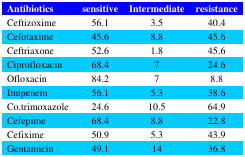
<table><thead><tr><td><b>Antibiotics</b></td><td><b>sensitive</b></td><td><b>Intermediate</b></td><td><b>resistance</b></td></tr></thead><tbody><tr><td>Ceftizoxime </td><td>56.1</td><td>3.5</td><td>40.4</td></tr><tr><td>Cefotaxime </td><td>45.6</td><td>8.8</td><td>45.6</td></tr><tr><td>Ceftriaxone</td><td>52.6</td><td>1.8</td><td>45.6</td></tr><tr><td>Ciprofloxacin </td><td>68.4</td><td>7</td><td>24.6</td></tr><tr><td>Ofloxacin </td><td>84.2</td><td>7</td><td>8.8</td></tr><tr><td>Imipenem </td><td>56.1</td><td>5.3</td><td>38.6</td></tr><tr><td>Co.trimoxazole </td><td>24.6</td><td>10.5</td><td>64.9</td></tr><tr><td>Cefepime</td><td>68.4</td><td>8.8</td><td>22.8</td></tr><tr><td>Cefixime</td><td>50.9</td><td>5.3</td><td>43.9</td></tr><tr><td>Gentamicin</td><td>49.1</td><td>14</td><td>36.8</td></tr></tbody></table>